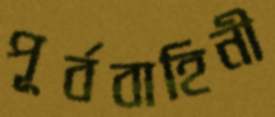
পূর্ববাহিনী